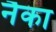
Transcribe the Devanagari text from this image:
नैका